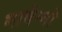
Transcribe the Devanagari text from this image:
मार्वेग्नो